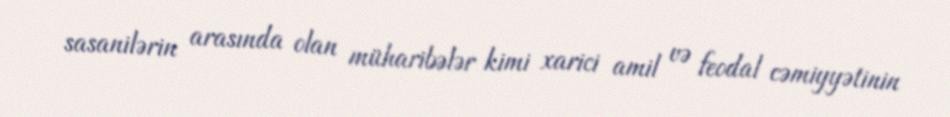
sasanilərin arasında olan müharibələr kimi xarici amil və feodal cəmiyyətinin